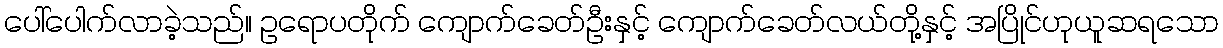
ပေါ်ပေါက်လာခဲ့သည်။ ဥရောပတိုက် ကျောက်ခေတ်ဦးနှင့် ကျောက်ခေတ်လယ်တို့နှင့် အပြိုင်ဟုယူဆရသော